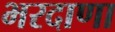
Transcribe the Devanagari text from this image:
भरदाणा